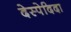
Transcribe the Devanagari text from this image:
देस्पेदिदा